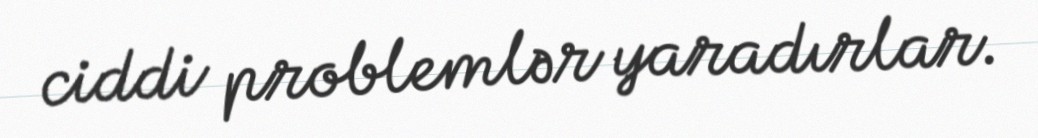
ciddi problemlər yaradırlar.